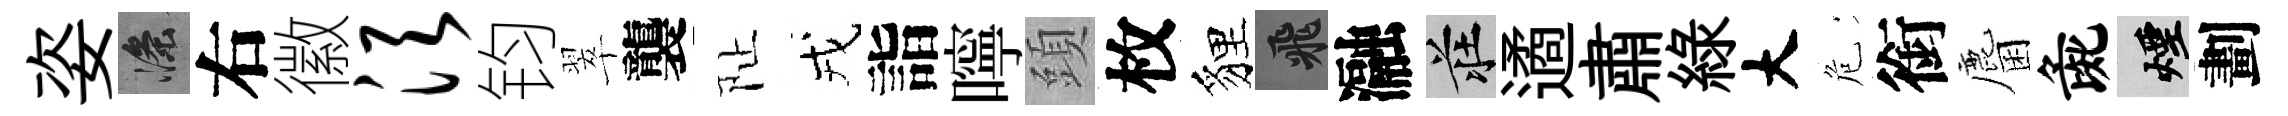
姿滌右徽须钧翠襲阯戎詣嚀頭枚貍飛瀜莊遹肅緑大危銜麕彘煙劃